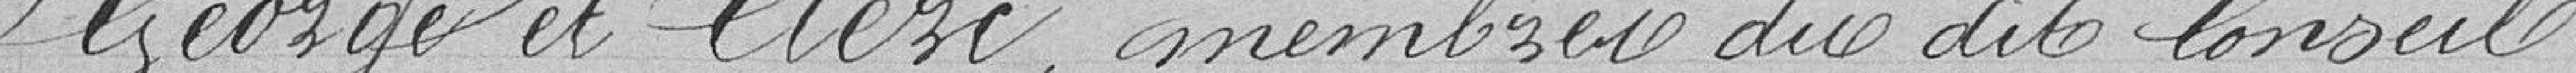
George et Clerc, membres dudit conseil.